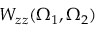
W _ { z z } ( \Omega _ { 1 } , \Omega _ { 2 } )